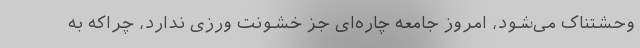
وحشتناک می‌شود، امروز جامعه چاره‌ای جز خشونت ورزی ندارد، چراکه به